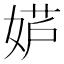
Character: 𫰮